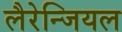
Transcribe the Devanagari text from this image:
लैरेन्जियल